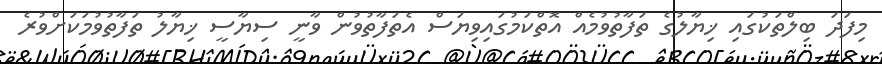
މިފަދަ ބިލްތަކުގައި ޚިޔާލުގެ ތަފާތުވުމެއް އޮތްކަމުގައިވިޔަސް އެތަފާތުވުން ވާނީ ސިޔާސީ ޚިޔާލު ތަފާތުވުމަކަށްވުރެ